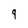
Character: 9